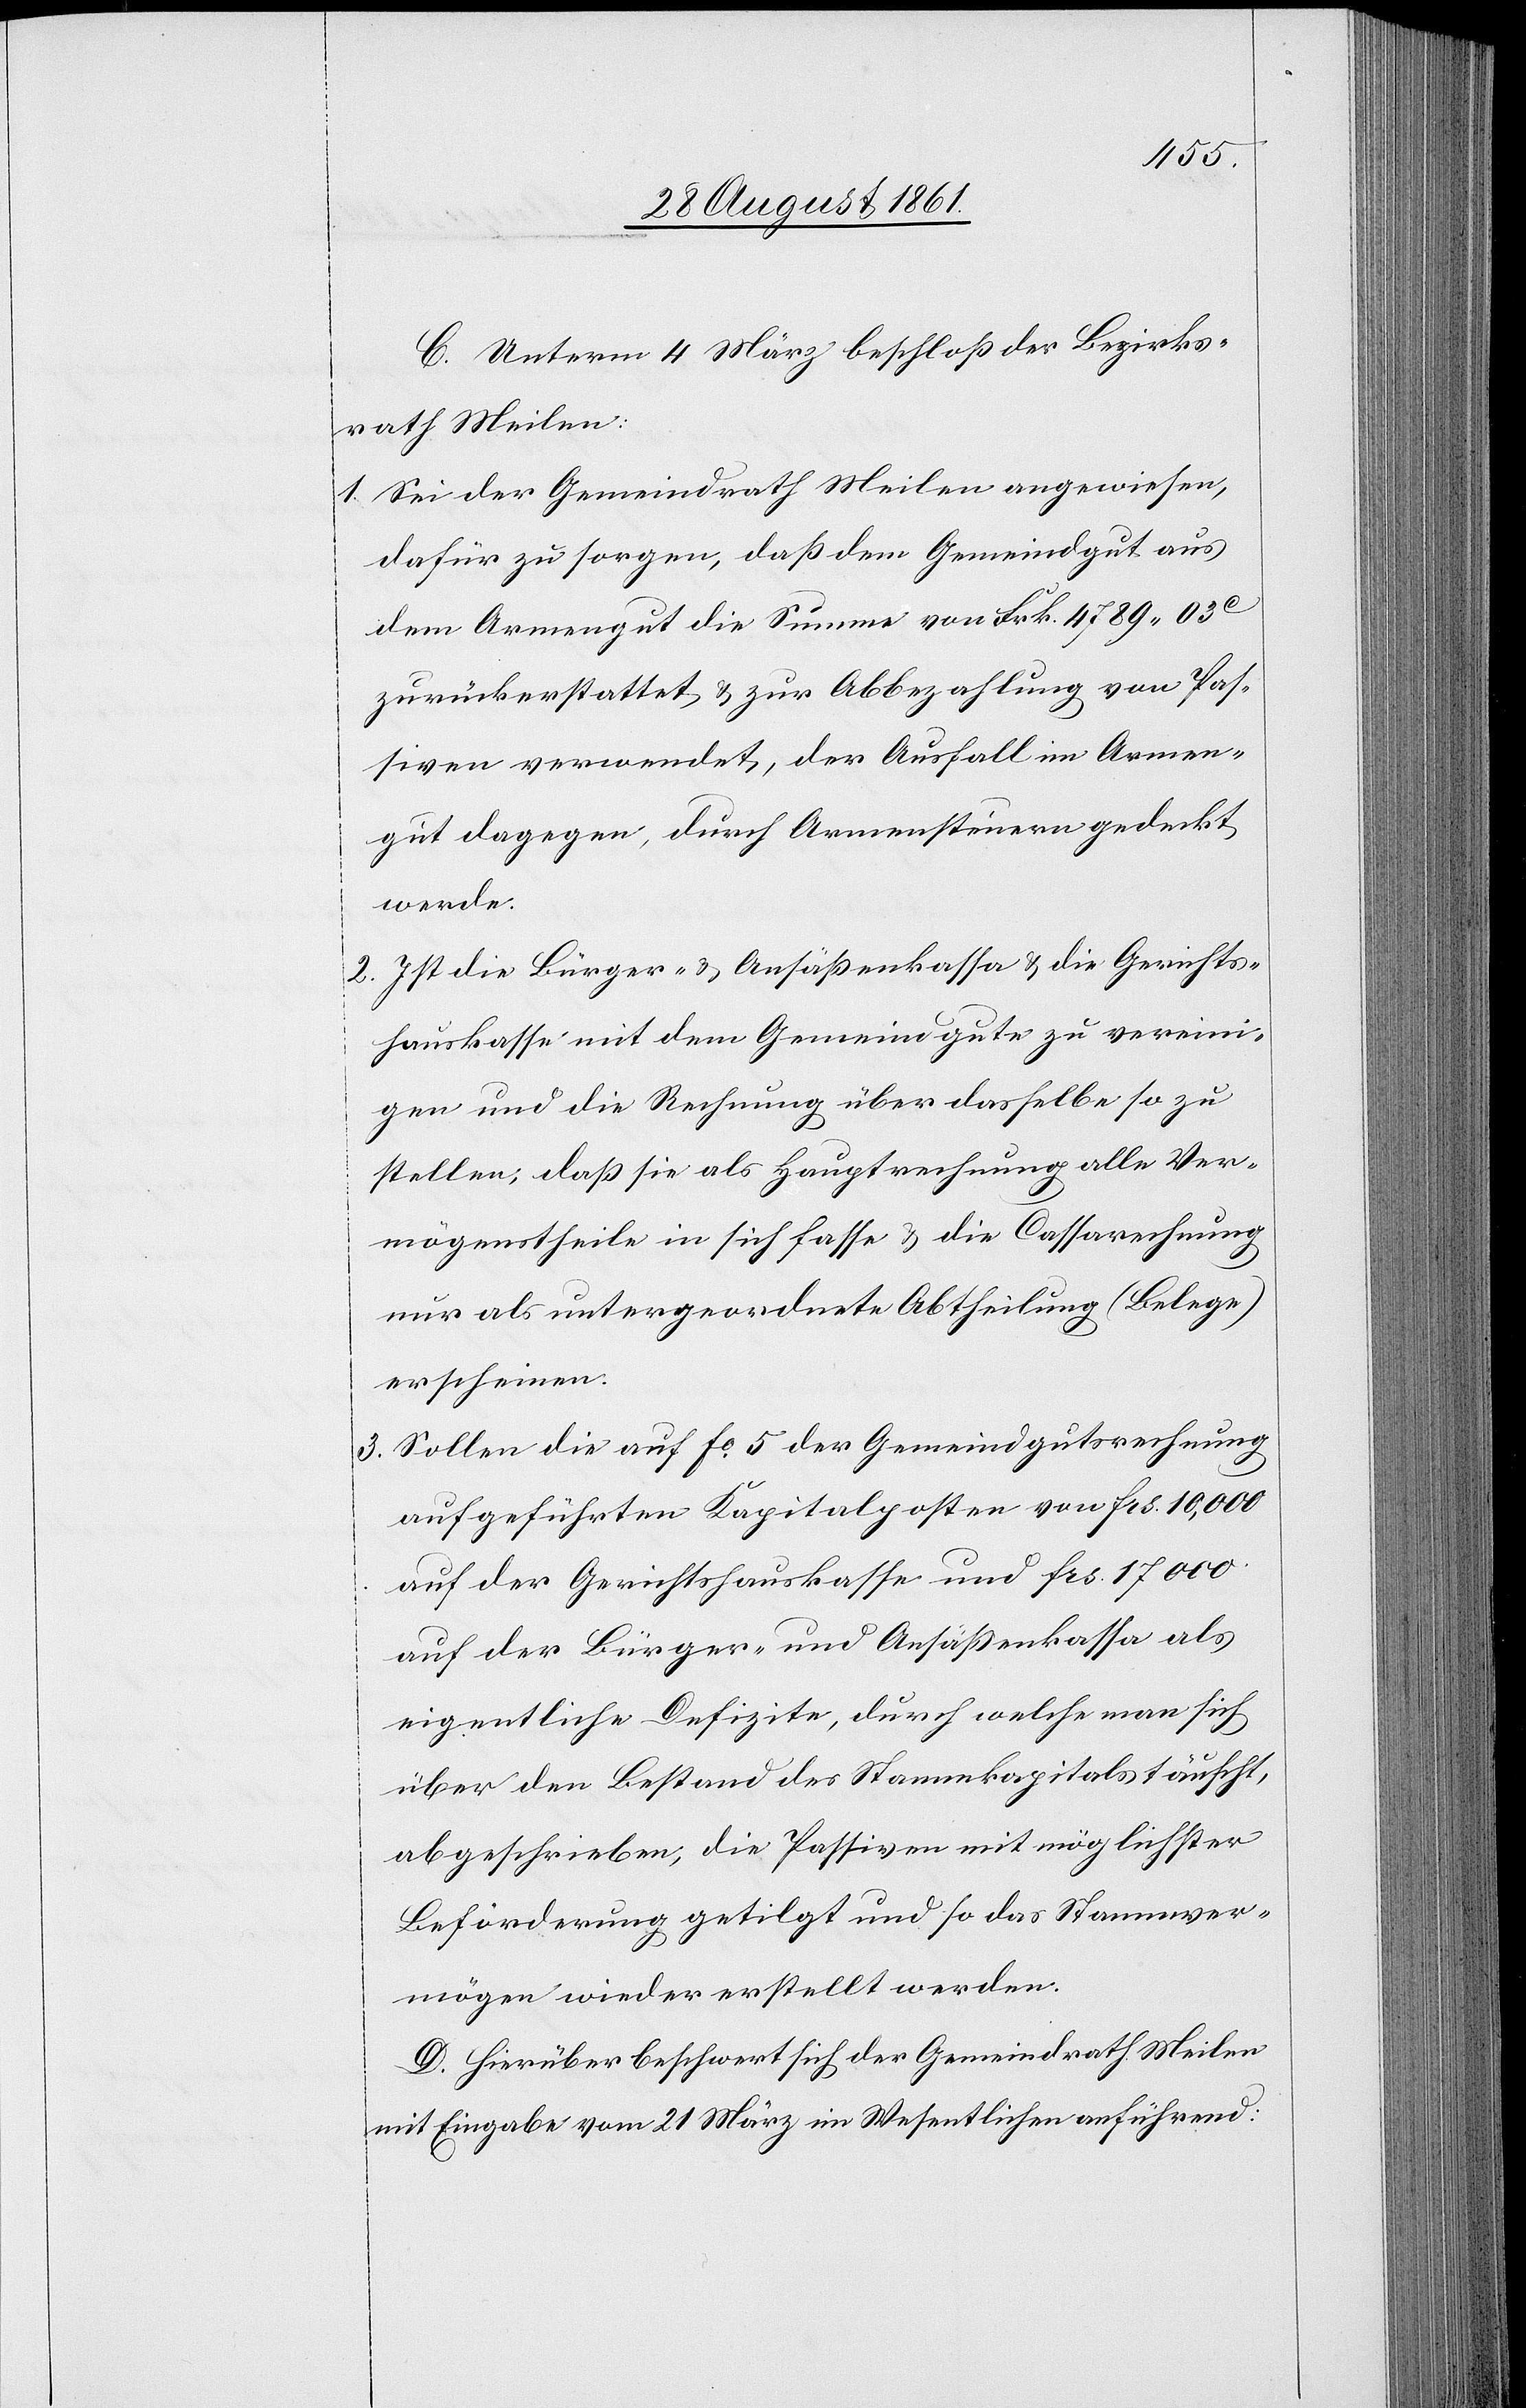
C. Unterm 4 März beschloß der Bezirks¬
rath Meilen:
1. Sei der Gemeindrath Meilen angewiesen,
dafür zu sorgen, daß dem Gemeindgut aus
dem Armengut die Summe von Frk. 4789.03c
zurückerstattet u. zur Abbezahlung von Pas¬
siven verwendet, der Ausfall im Armen¬
gut dagegen, durch Armensteuern gedeckt
werde.
2. Ist die Bürger- u. Ansäßenkassa u. die Gerichts¬
hauskasse mit dem Gemeindgute zu vereini¬
gen und die Rechnung über dasselbe so zu
stellen, daß sie als Hauptrechnung alle Ver¬
mögenstheile in sich fasse u. die Cassarechnung
nur als untergeordnete Abtheilung (Belege)
erscheinen.
3. Sollen die auf fo 5 der Gemeindgutsrechnung
aufgeführten Kapitalkosten von frs 10,000
auf der Gerichtshauskasse und frs 17000
auf der Bürger- und Ansäßenkassa als
eigentliche Defizite, durch welche man sich
über den Bestand des Stammkapitals täuscht,
abgeschrieben, die Passiven mit möglichster
Beförderung getilgt und so das Stammver¬
mögen wieder erstellt werden.
D. Hierüber beschwert sich der Gemeindrath Meilen
mit Eingabe vom 21 März im Wesentlichen anführend: